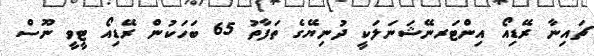
ޗައިނާ ރޭޑިއޯ އިންޓަރނޭޝަނަލަކީ ދުނިޔޭގެ ތަފާތު 65 ބަހަކުން ރޭޑިއޯ ޓީވީ ނޫސް